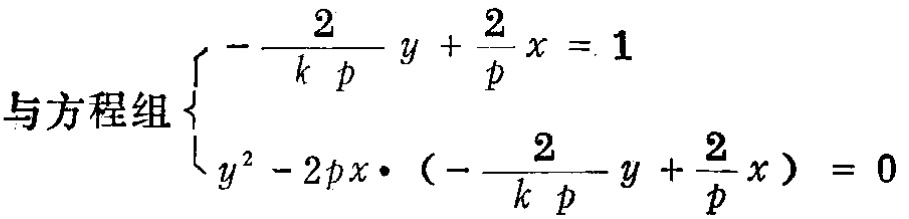
\(\begin{cases}
-\frac{2}{kp}y + \frac{2}{p}x = 1 \\
y^{2}-2px\cdot(-\frac{2}{kp}y + \frac{2}{p}x)=0
\end{cases}\)